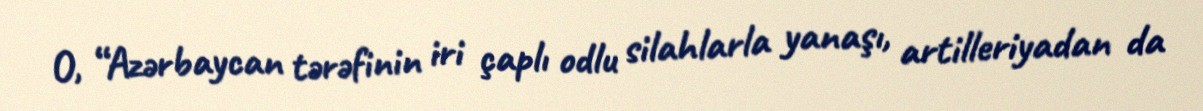
O, “Azərbaycan tərəfinin iri çaplı odlu silahlarla yanaşı, artilleriyadan da